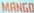
MANGO